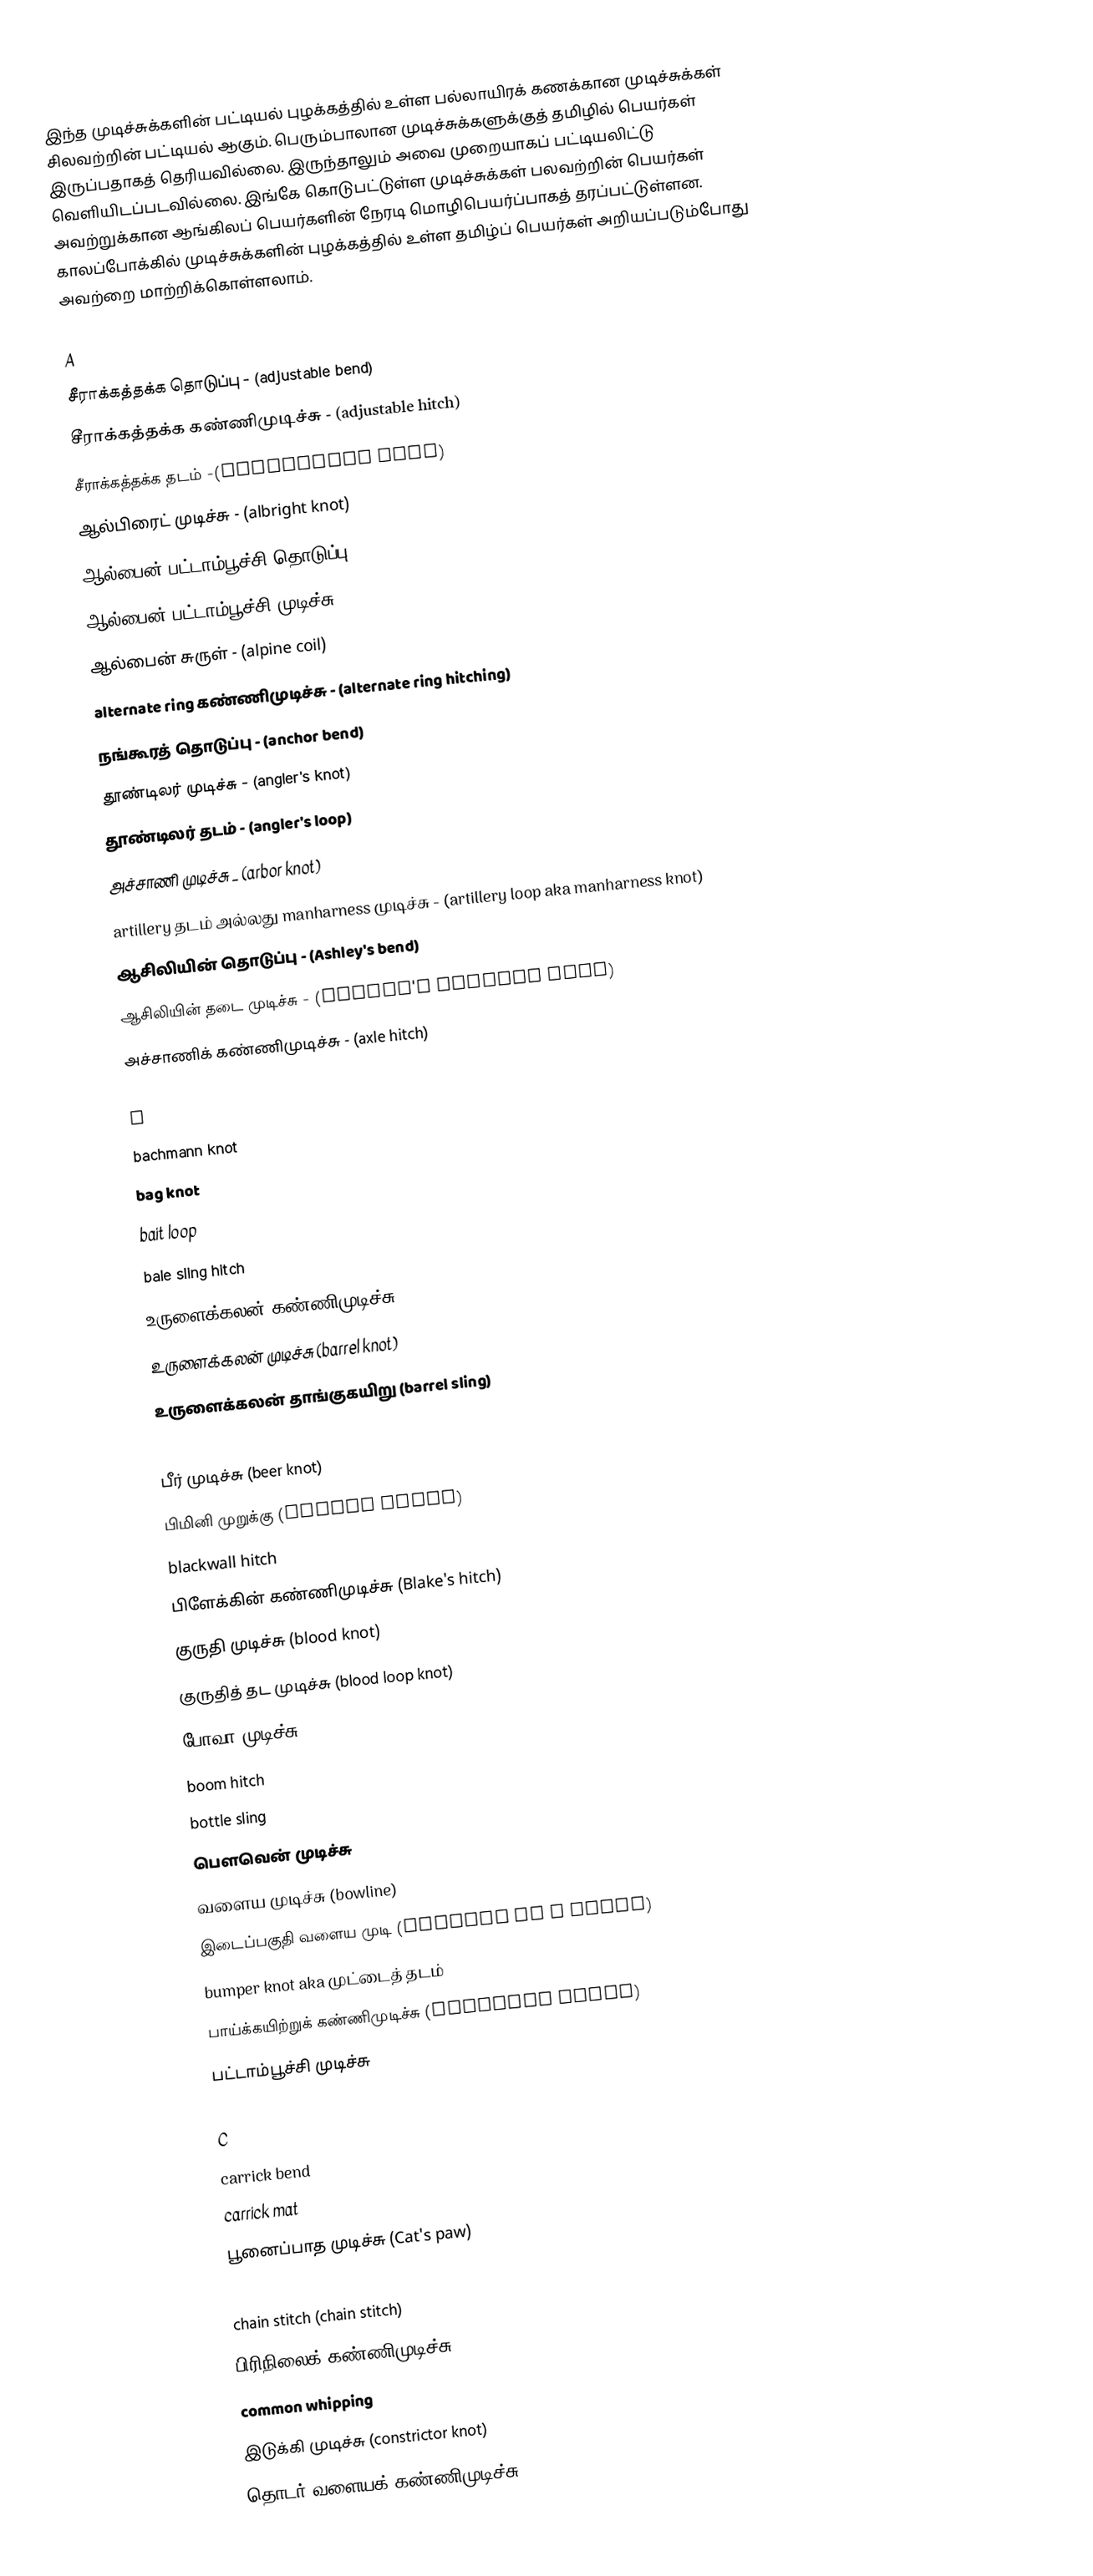
இந்த முடிச்சுக்களின் பட்டியல் புழக்கத்தில் உள்ள பல்லாயிரக் கணக்கான முடிச்சுக்கள் சிலவற்றின் பட்டியல் ஆகும். பெரும்பாலான முடிச்சுக்களுக்குத் தமிழில் பெயர்கள் இருப்பதாகத் தெரியவில்லை. இருந்தாலும் அவை முறையாகப் பட்டியலிட்டு வெளியிடப்படவில்லை. இங்கே கொடுபட்டுள்ள முடிச்சுக்கள் பலவற்றின் பெயர்கள் அவற்றுக்கான ஆங்கிலப் பெயர்களின் நேரடி மொழிபெயர்ப்பாகத் தரப்பட்டுள்ளன. காலப்போக்கில் முடிச்சுக்களின் புழக்கத்தில் உள்ள தமிழ்ப் பெயர்கள் அறியப்படும்போது அவற்றை மாற்றிக்கொள்ளலாம்.

A
சீராக்கத்தக்க தொடுப்பு - (adjustable bend)
சீராக்கத்தக்க கண்ணிமுடிச்சு - (adjustable hitch)
சீராக்கத்தக்க தடம் -(adjustable loop)
ஆல்பிரைட் முடிச்சு - (albright knot)
ஆல்பைன் பட்டாம்பூச்சி தொடுப்பு - (alpine butterfly bend)
ஆல்பைன் பட்டாம்பூச்சி முடிச்சு - (alpine butterfly knot)
ஆல்பைன் சுருள் - (alpine coil)
alternate ring கண்ணிமுடிச்சு - (alternate ring hitching)
நங்கூரத் தொடுப்பு - (anchor bend)
தூண்டிலர் முடிச்சு - (angler's knot)
தூண்டிலர் தடம் - (angler's loop)
அச்சாணி முடிச்சு _ (arbor knot)
artillery தடம் அல்லது manharness முடிச்சு - (artillery loop aka manharness knot)
ஆசிலியின் தொடுப்பு - (Ashley's bend)
ஆசிலியின் தடை முடிச்சு - (Ashley's stopper knot)
அச்சாணிக் கண்ணிமுடிச்சு - (axle hitch)

B
bachmann knot
bag knot
bait loop
bale sling hitch
உருளைக்கலன் கண்ணிமுடிச்சு (barrel hitch)
உருளைக்கலன் முடிச்சு (barrel knot)
உருளைக்கலன் தாங்குகயிறு (barrel sling)
becket hitch
பீர் முடிச்சு (beer knot)
பிமினி முறுக்கு (bimini twist)
blackwall hitch
பிளேக்கின் கண்ணிமுடிச்சு (Blake's hitch)
குருதி முடிச்சு (blood knot)
குருதித் தட முடிச்சு (blood loop knot)
போவா முடிச்சு
boom hitch
bottle sling
பௌவென் முடிச்சு
வளைய முடிச்சு (bowline)
இடைப்பகுதி வளைய முடி (bowline on a bight)
bumper knot aka முட்டைத் தடம்
பாய்க்கயிற்றுக் கண்ணிமுடிச்சு (buntline hitch)
பட்டாம்பூச்சி முடிச்சு

C
carrick bend
carrick mat
பூனைப்பாத முடிச்சு (Cat's paw)
catshank
chain stitch (chain stitch)
பிரிநிலைக் கண்ணிமுடிச்சு (clove hitch)
common whipping
இடுக்கி முடிச்சு (constrictor knot)
தொடர் வளையக் கண்ணிமுடிச்சு (continuous ring hi